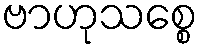
ဗာဟုသစ္စေ